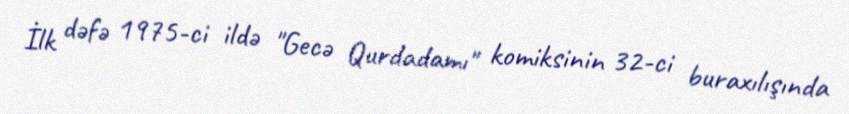
İlk dəfə 1975-ci ildə "Gecə Qurdadamı" komiksinin 32-ci buraxılışında